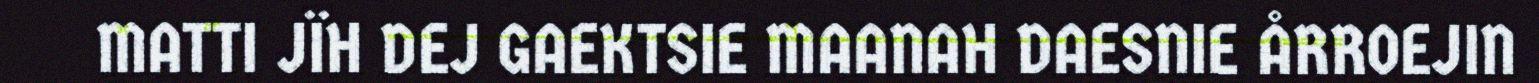
MATTI JÏH DEJ GAEKTSIE MAANAH DAESNIE ÅRROEJIN